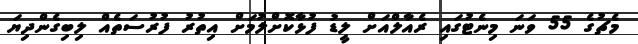
މެޗުގެ 55 ވަނަ މިނެޓުގައި ރެއާލްއަށް ލީޑު ފުޅާކޮށްލުމަށް އިތުރު ފުރުސަތެއް ލިބިގެންދިޔަ